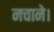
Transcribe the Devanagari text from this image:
नचाने।